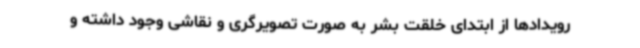
رویدادها از ابتدای خلقت بشر به صورت تصویرگری و نقاشی وجود داشته و